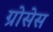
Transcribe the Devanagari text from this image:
ग्रोसेस